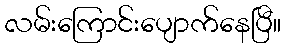
လမ်းကြောင်းပျောက်နေပြီ။